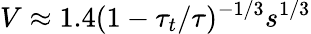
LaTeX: V\approx 1.4(1-\tau_{t}/\tau)^{-1/3}s^{1/3}